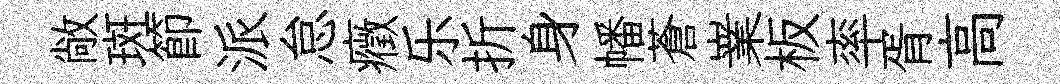
敞斑節派怠癥乐折身幡蒼嶪板率胥高